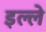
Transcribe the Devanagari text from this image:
इल्ले